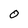
Character: 0